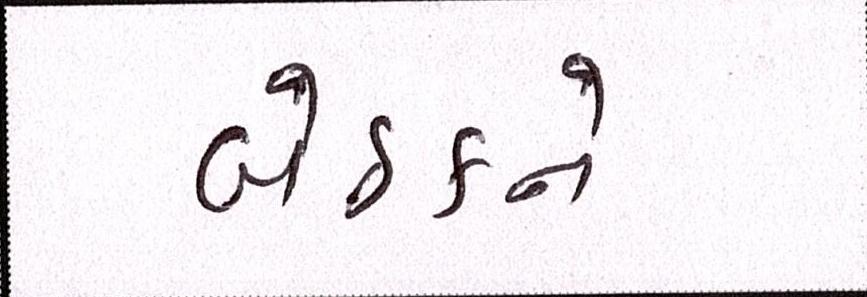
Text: બેઠકને